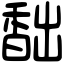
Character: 䭯